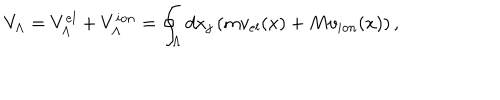
V _ { \Lambda } = V _ { \Lambda } ^ { e l } + V _ { \Lambda } ^ { i o n } = \oint _ { \Lambda } d x _ { j } \left( m v _ { e l } ( x ) + M v _ { i o n } ( x ) \right) ,